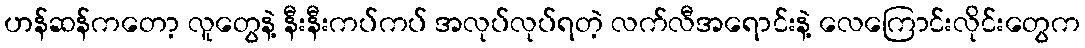
ဟန်ဆန်ကတော့ လူတွေနဲ့ နီးနီးကပ်ကပ် အလုပ်လုပ်ရတဲ့ လက်လီအရောင်းနဲ့ လေကြောင်းလိုင်းတွေက